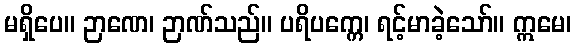
မရှိပေ။ ဉာဏေ၊ ဉာဏ်သည်။ ပရိပက္ကေ၊ ရင့်မာခဲ့သော်။ ဣမေ၊